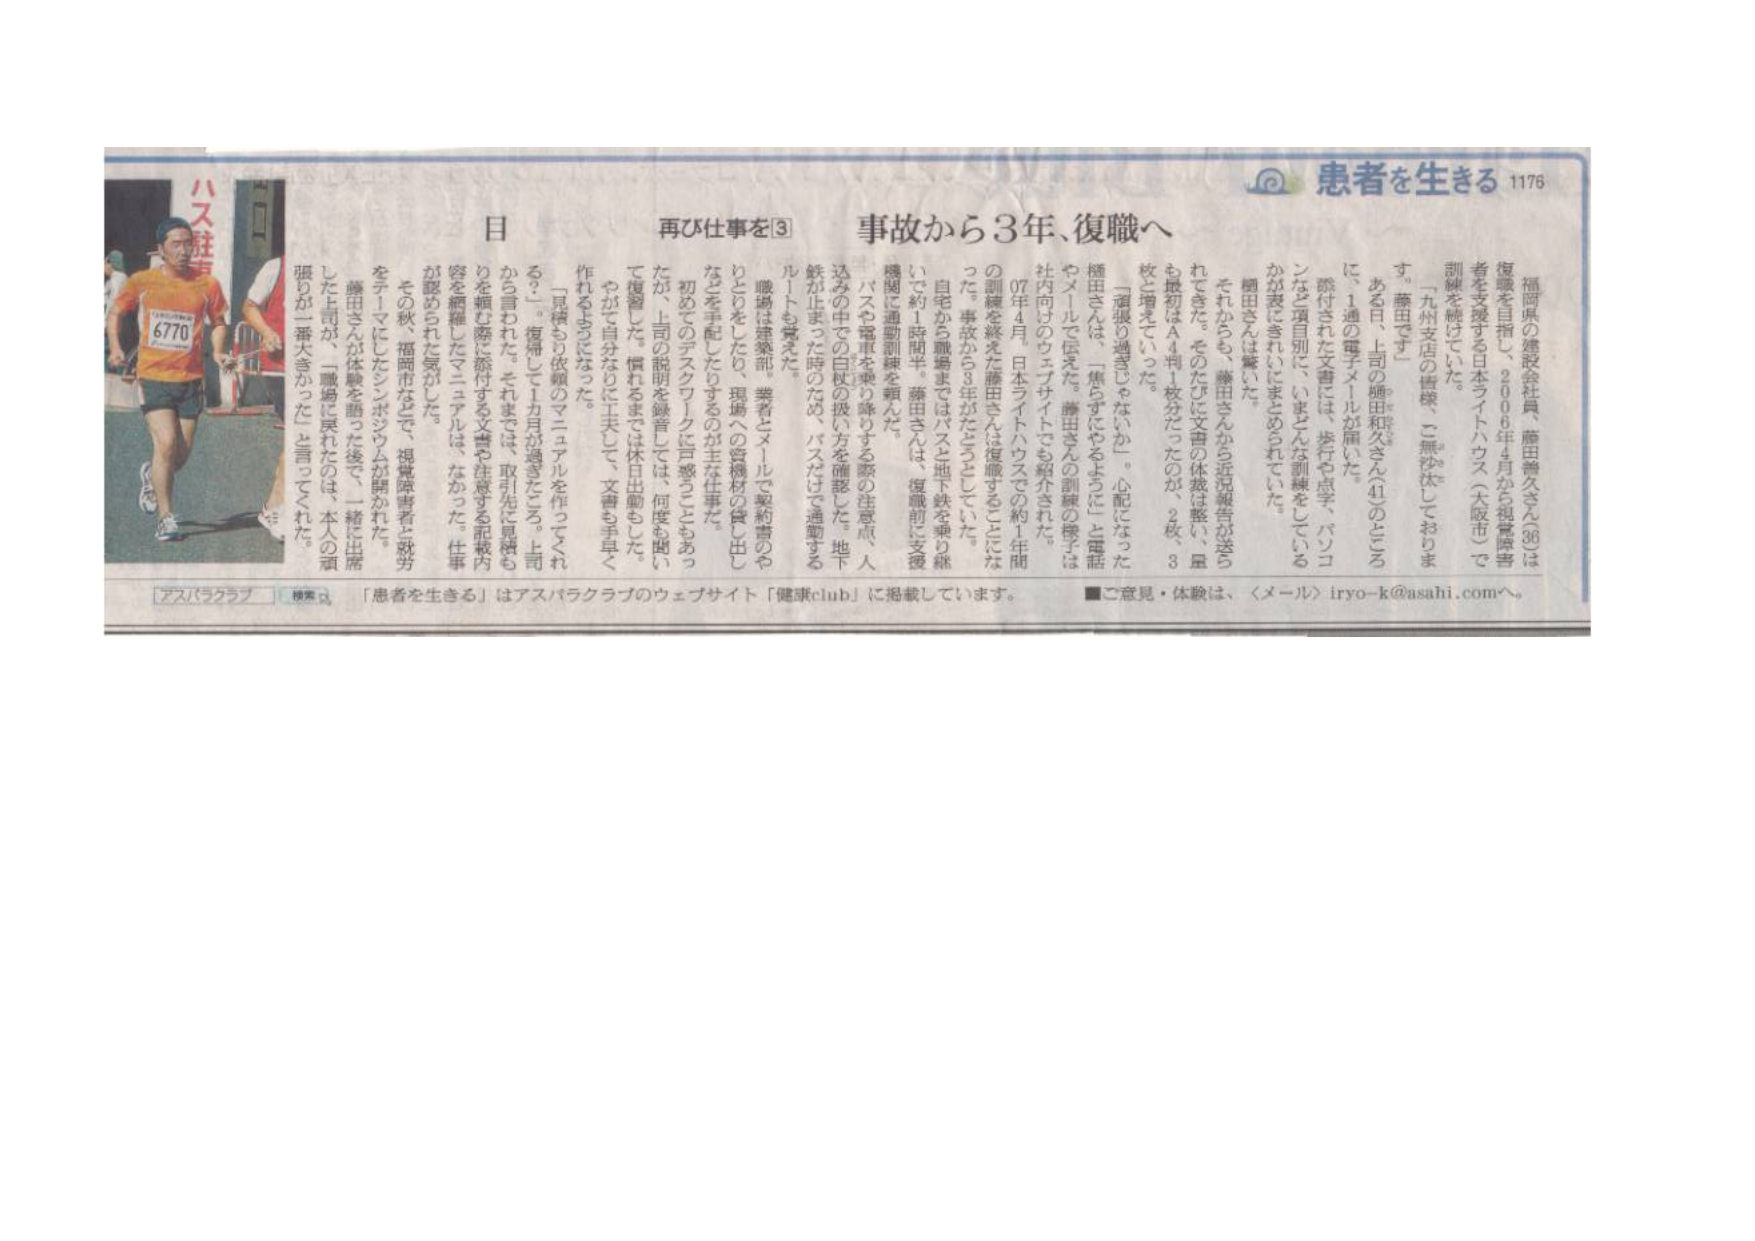
患者を生きる 1176

福岡県の建設会社員、藤田善久さん（36）は、復職を目指し、2006年4月から視覚障害者を支援する日本ライトハウス（大阪市）で訓練を続けていた。

「九州支店の皆様、ご無沙汰しております。藤田です」

ある日、上司の樋田和久さん（41）のところに、1通の電子メールが届いた。

添付された文書には、歩行や点字、パソコンなど項目別に、「いまどんな訓練をしているか」が表にきれいにまとめられていた。

樋田さんは驚いた。

それからも、藤田さんから近況報告が送られてきた。そのたびに文書の体裁は整い、量も最初はA4判1枚分だったのが、2枚、3枚と増えていった。

「還暦の過ぎじゃないか」。心配になった樋田さんは、「焦らすじゃるよう」（と電話やメールで伝えた。藤田さんの訓練の様子は社内向けのウェブサイトでも紹介された。

07年4月、日本ライトハウスでの約1年間の訓練を終えた藤田さんは復職することになった。事故から3年がたとうとしていた。

自宅から職場まではバスと地下鉄を乗り継いで約1時間半。藤田さんは、復職前に支援機関に通勤訓練を頼んだ。

バスや電車を乗り降りする際の注意点、人込みの中での白杖の扱い方を確認した。地下鉄が止まった時のため、バスだけで通勤するルートも覚えた。

職場は営業部。業者とメールで契約書のやりとりをしたり、現場への資機材の貸し出しなどを手配したりするのが主な仕事だ。

初めてのデスクワークに戸惑うこともあったが、上司の説明を聴音しては、何度も聞いて復習した。慣れるまでは休日出勤もした。

やがて自分なりに工夫して、文書も手早く作れるようになった。

「見積もリ依頼のマニュアルを作ってくれる？」。復帰して1カ月が過ぎたころ。上司から言われた。それまでは、取引先に見積もりを頼む際に添付する文書や注意する記載内容を網羅したマニュアルは、なかった。仕事が認められた気がした。

その秋、福岡市などで、視覚障害者と就労をテーマにしたシンポジウムが開かれた。藤田さんが体験を語った後で、一緒に出席した上司が、「職場に戻れたのは、本人の頑張りが一番大きかった」と言ってくれた。

再び仕事を③ 事故から3年、復職へ

アスパラクラブ 検索 「患者を生きる」はアスパラクラブのウェブサイト「健康club」に掲載しています。 ■ご意見・体験は、〈メール〉iryo-k@asahi.comへ。

ハス駐車
6770